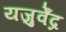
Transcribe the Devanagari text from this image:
यजुर्वेंद्र